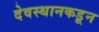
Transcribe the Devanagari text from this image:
देवस्थानकडून